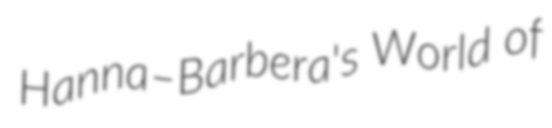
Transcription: Hanna–Barbera's World of